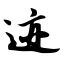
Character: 迹